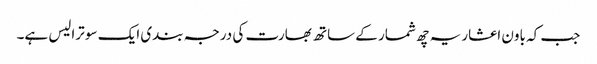
جب کہ باون اعشاریہ چھ شمار کے ساتھ بھارت کی درجہ بندی ایک سو ترالیس ہے۔